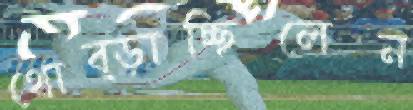
থোব্‌ড়াচ্ছিলেন